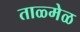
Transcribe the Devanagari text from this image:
ताळ्मेळ